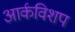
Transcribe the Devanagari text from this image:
आर्कविशप